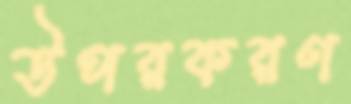
উপরকরণ